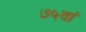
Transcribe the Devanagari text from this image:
७५वां